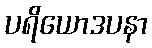
ပရိယောဒပနာ